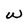
Character: W